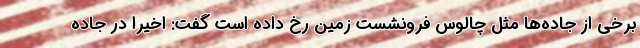
برخی از جاده‌ها مثل چالوس فرونشست زمین رخ داده است گفت: اخیرا در جاده